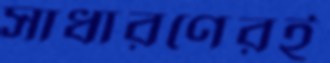
সাধারণেরই